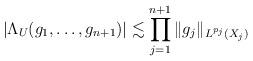
LaTeX: \begin{align*}| \Lambda_U(g_1, \dots, g_{n+1})|\lesssim \prod_{j=1}^{n+1} \| g_j \|_{L^{p_j}(X_j)}\end{align*}